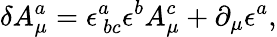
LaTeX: \delta A_{\mu}^{a}=\epsilon_{\ bc}^{a}\epsilon^{b}A_{\mu}^{c}+\partial_{\mu}\epsilon^{a},